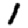
Digit: 1